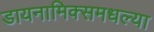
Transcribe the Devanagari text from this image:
डायनामिक्समधल्या